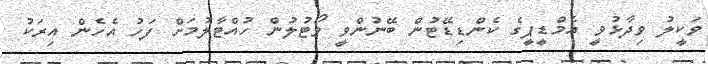
ވަކީލު ވިދާޅުވީ އެމްޑީޕީގެ ކެންޑިޑޭޓުން ބޭނުންވީ ވޯޓުލުން ހުއްޓާލުމަށް ފަހު އެހެން އިރަކު